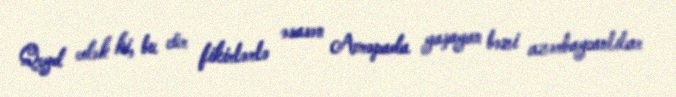
Qeyd edək ki, bu cür fikirlərlə əsasən Avropada yaşayan bəzi azərbaycanlılar